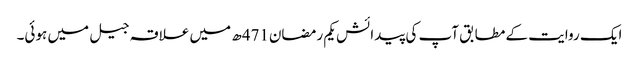
ایک روایت کے مطابق آپ کی پیدائش یکم رمضان471ھ میں علاقہ جیل میں ہوئی۔